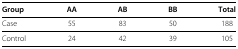
| Group | AA | AB | BB | Total |
 | --- | --- | --- | --- | --- |
 | Case | 55 | 83 | 50 | 188 |
 | Control | 24 | 42 | 39 | 105 |